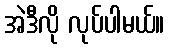
အဲဒီလို လုပ်ပါမယ်။